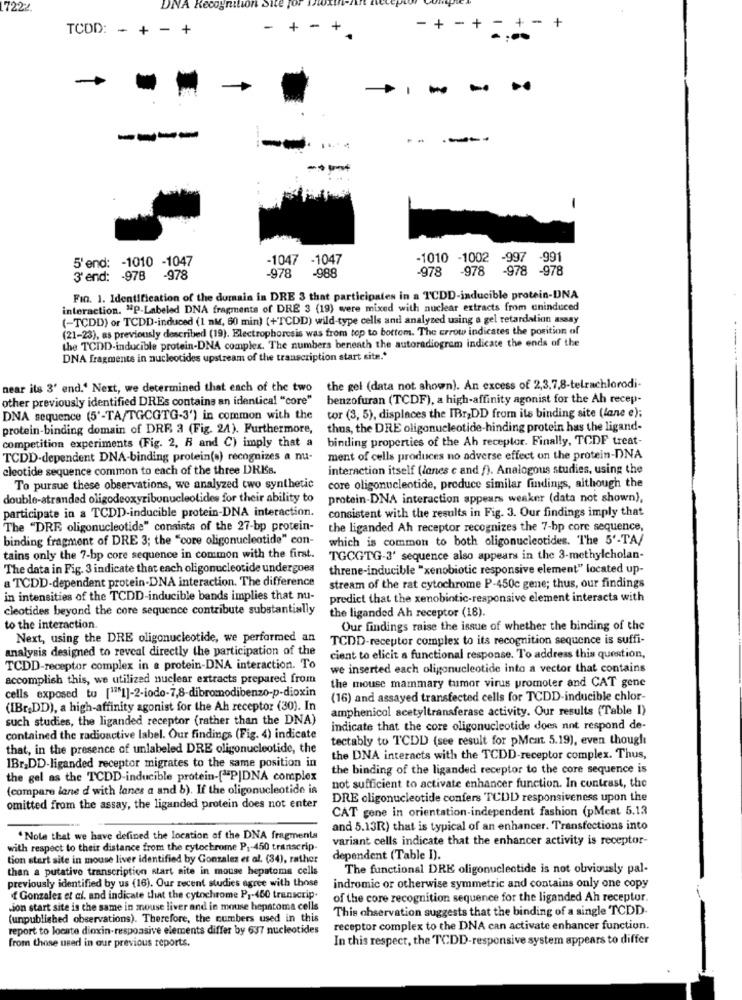
7222.
DNA Recognition Site
-
+
-
+
-
-
+
TCDD: - + -
+
-
+-
+ 4
-
..
----
1
5'end: - 1010 -1047
-1047 -1047
-1010 -1002
-997 -991
-978
-978
-978
-978 -978
3'end: - 978 -978
-988
Fin. 1. Identification of the domain in DRE 3 that participates in a TCDD-inducible protein-DNA
interaction. "P-Labeled DNA fragments of DRE 3 (19) were mixed with nuclear extracts from aninduced
(-TCDD) or TCDD-induced (I nM, 60 min) (+TCDD) wild-type cells and analyzed using a gel retardation assay
(21-23), as previously described (19). Electrophoresis was from top to bottom. The crrow indicates the position of
the TCDD-inducible protein-DNA complex. The numbers beneath the autoradiogram indicate the ends of the
DNA fragments in nucleotides upstream of the transcription start site .*
near its 3' end.' Next, we determined that each of the two the gel (data not shown). An excess of 2,3,7,8-telrachlorodi-
other previously identified DREs contains an identical "core"
benzofuran (TCDF), a high-affinity agonist for the Ah recep-
DNA sequence (5'-TA/TGCGTG-3') in common with the
tor (3, 5), displaces the IBr,DD from its binding site (lane e);
protein-binding domain of DRE 3 (Fig. 24). Furthermore,
thus, the DRE oligonucleotide-binding protein has the ligand-
binding properties of the Ah receptor. Finally, TCDF treat-
competition experiments (Fig. 2, R and C) imply that a
TCDD-dependent DNA-binding protein(s) recognizes a nu-
ment of cells produces no adverse effect on the protein-DNA
cleotide sequence common to each of the three DRISs.
interaction itself (lanes c and f). Analogous studies, using the
To pursue these observations, we analyzed two synthetic
core oligonucleotide, produce similar findings, although the
double-stranded oligodeoxyribonucleolides for their ability to
protein-DNA interaction appears weaker (data not shown),
consistent with the results in Fig. 3. Our findings imply that
participate in a TCDD-inducible protein-DNA interaction.
The "DRE oligonucleotide" consists of the 27-bp protein-
the liganded Ah receptor recognizes the 7-bp core sequence,
binding fragment of DRE 3; the "core oligonucleotide" con-
which is common to both oligonucleotides. The 5'-TA/
tains only the 7-bp core sequence in common with the first.
TGCGTG-3' sequence also appears in the 3-methylcholan-
The data in Fig. 3 indicate that each oligonucleotide undergoes
threne-inducible "xenobiotic responsive element" located up-
a TCDD-dependent protein-DNA interaction. The difference
stream of the rat cytochrome P-450c gene; thus, our findings
in intensities of the TCDD-inducible bands implies that nu-
predict that the xenobiotic-responsive element interacts with
cleotides beyond the core sequence contribute substantially
the liganded Ah receptor (18).
to the interaction.
Our findings raise the issue of whether the binding of the
Next, using the DRE oligonucleotide, we performed an
TCDD-receptor complex to its recognition sequence is suffi-
analysis designed to reveal directly the participation of the
cient to elicit a functional response. To address this question,
TCDD-receptor complex in a protein-DNA interaction. To
we inserted each oligonucleotide into a vector that contains
accomplish this, we utilized nuclear extracts prepared from
the mouse mammary tumor virus promoter and CAT gene
cells exposed tu [1751]-2-iodo-7,8-dibromodibenzo-p-dioxin
(16) and assayed transfected cells for TCDD-inducible chlor-
(IBr_DD), a high-affinity agonist for the Ah receptor (30). In
amphenicol acetyltransferase activity. Our results (Table I)
such studies, the liganded receptor (rather than the DNA)
indicate that the core oligonucleotide does not respond de-
contained the radioactive label. Our findings (Fig. 4) indicate
tectably to TCDD (see result for pMcat 5.19), even though
that, in the presence of unlabeled DRE oligonucleotide, the
the DNA interacts with the TCDD-receptor complex. Thus,
IBr,DD-liganded receptor migrates to the same position in
the binding of the liganded receptor to the core sequence is
the gel as the TCDD-inducible protein-["PJDNA complex
(compare lane d with lanes a and b). If the oligonucleotide is
not sufficient to activate enhancer function. In contrast, the
DRE oligonucleotide confers TCDD) responsiveness upon the
omitted from the assay, the liganded protein does not enter
CAT gene in orientation-independent fashion (pMeat 5.13
and 5.13R) that is typical of an enhancer. Transfections into
" Note that we have defined the location of the DNA fragmenta
variant cells indicate that the enhancer activity is receptor-
with respect to their distance from the cytochrome P ;- 450 transcrip-
tion start site in mouse liver identified by Gonzalez et al. (34), rather
dependent (Table I).
than a putativo transcription start aite in mouse hepatome cells
The functional DRE oligonucleotide is not obviously pal-
previously identified by us (16). Our recent studies agree with those
indromic or otherwise symmetric and contains only one copy
Gonzalez et al. and indicate that the cytochrome P1-460 transcrip.
of the core recognition sequence for the liganded Ah receptor.
jon start site is the same in mouse liver and in mouse hepatoma cells
This ohservation suggests that the binding of a single TCDD.
(unpublished observations). Therefore, the cumbers used in this
report to locate dioxin-responsive elements differ by 637 nucleotides
receptor complex to the DNA can activate enhancer function.
In this respect, the TCDD-responsive system appears to differ
from those used in our previous reports.